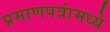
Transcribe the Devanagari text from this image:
प्रमाणपत्रांमध्ये